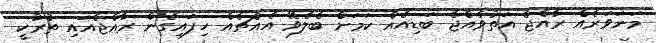
މަނަވަރެއް ރާއްޖެ އަތުވެއްޖެ ބަޑިއެއް ކަމަށް ބެލެވޭ އެއްޗެއް ހިފައިގެން ރާއްޖެއައި ތުރުކީ